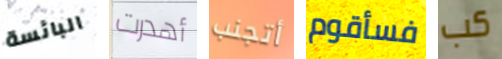
البائسة أهدرت أتجنب فسأقوم كب